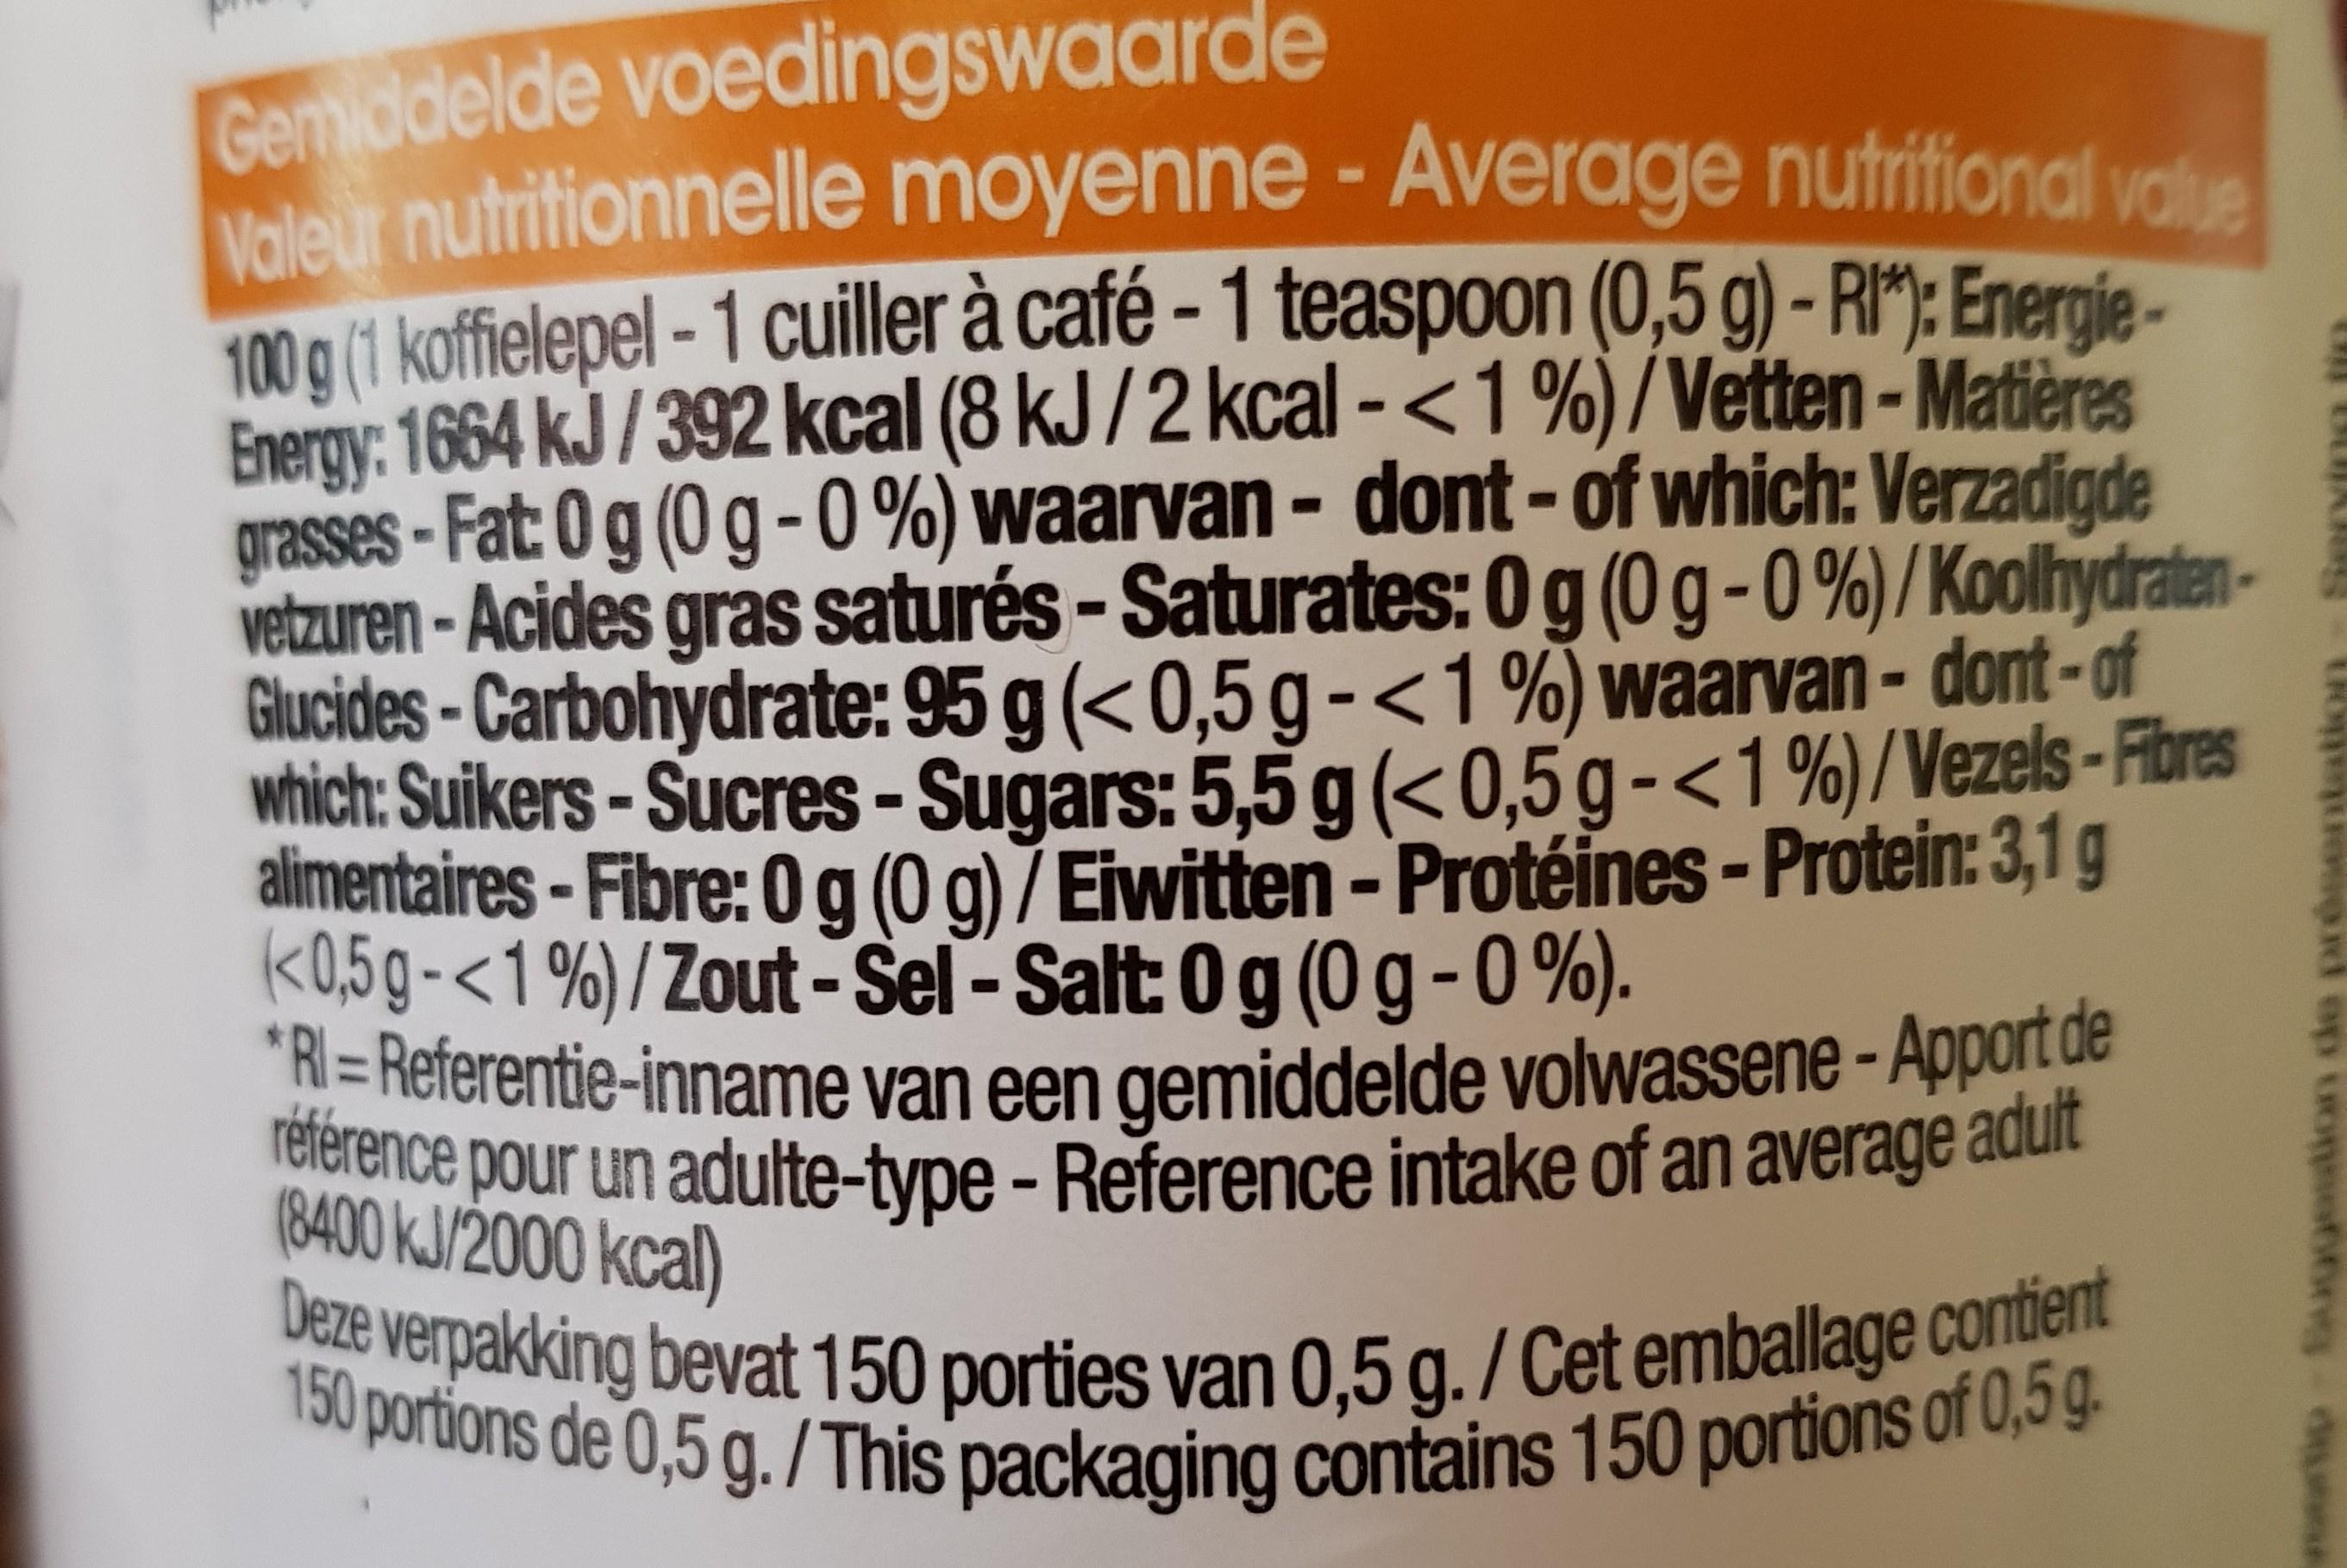
Gemiddelde voedingswaarde
Valeur nutritionnelle moyenne - Average nutritional value 100 g (1 koffielepel - 1 cuiller à café - 1 teaspoon (0,5 g) - RI*): EnergieEnergy: 1664 kJ/392 kcal (8 kJ/2 kcal - <1 %)/Vetten-Matières grasses-Fat: 0g (0g -0%) waarvan - dont- of which: Verzadigde vetzuren-Acides gras saturés - Saturates: 0g (0g -0%)/KoolhydratenGlucides-Carbohydrate: 95 g (<0,5 g-<1%) waarvan - dont-of
which: Suikers - Sucres - Sugars: 5,5 g (<0,5 g-<1%)/Vezels-Fibres alimentaires - Fibre: 0g (0g) / Eiwitten - Protéines - Protein: 3,1 g (<0,5g-<1%) / Zout-Sel - Salt: 0 g (0g -0%). *RI=Referentie-inname van een gemiddelde volwassene-Apport de référence pour un adulte-type - Reference intake of an average adult
(8400 kJ/2000 kcal)
Deze verpakking bevat 150 porties van 0,5 g./Cet emballage contient 150 portions de 0,5 g./This packaging contains 150 portions of 0,5 g.
ud op onsetting do